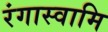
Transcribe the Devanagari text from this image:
रंगास्वामि